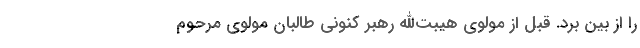
را از بين برد. قبل از مولوي هيبت‌الله رهبر كنوني طالبان مولوي مرحوم